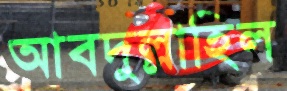
আবদুল্লাহিল